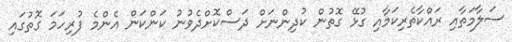
ސަލާމަތާއި ރައްކާތެރިކަމާއި ގުޅޭ ގޮތުން ކުދިންނަށް ދަސްކޮށްދެވުނު ކަންކަން އެންމެ ފުރިހަމަ ގޮތުގައި